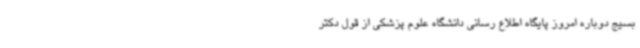
بسیج دوباره امروز پایگاه اطلاع رسانی دانشگاه علوم پزشکی از قول دکتر